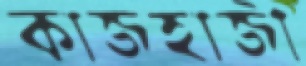
কাজহাজী